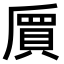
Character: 𠃅